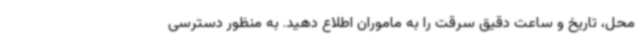
محل، تاریخ و ساعت دقیق سرقت را به ماموران اطلاع دهید. به منظور دسترسی